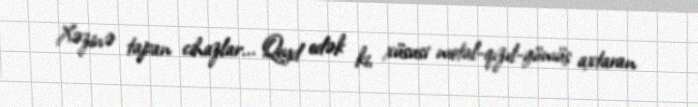
Xəzinə tapan cihazlar... Qeyd edək ki, xüsusi metal-qızıl-gümüş axtaran